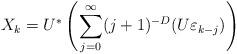
LaTeX: \begin{align*} X_{k}=U^{*}\left( \sum_{j=0}^{\infty} (j+1)^{-D}(U\varepsilon_{k-j})\right)\end{align*}